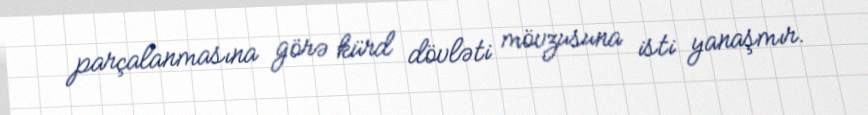
parçalanmasına görə kürd dövləti mövzusuna isti yanaşmır.